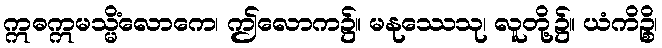
ဣဓဣမသ္မိံလောကေ၊ ဤလောက၌။ မနုဿေသု၊ လူတို့၌။ ယံကိဉ္စိ၊